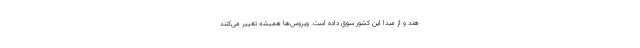
هند و از مبدا این کشور سوق داده است. ویروس‌ها همیشه تغییر می‌کنند